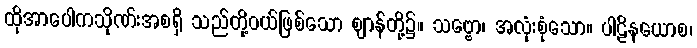
ထိုအာပေါကသိုဏ်းအစရှိ သည်တို့ဝယ်ဖြစ်သော ဈာန်တို့၌။ သဗ္ဗော၊ အလုံးစုံသော။ ပါဠိနယောစ၊